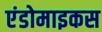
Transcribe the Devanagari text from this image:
एंडोमाइकस